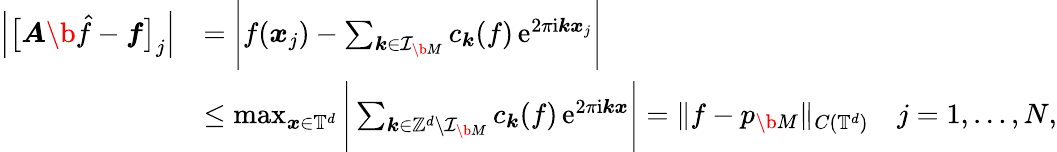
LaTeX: \begin{array}{rl}{\Big|\big[\boldsymbol A\b{\hat{f}}-\boldsymbol f\big]_{j}\Big|}&{=\Bigg|f(\boldsymbol x_{j})-\sum_{\boldsymbol k\in\mathcal I_{\b{M}}}c_{\boldsymbol k}(f)\, \mathrm e^{2\pi\mathrm i\boldsymbol k\boldsymbol x_{j}}\Bigg|}\\ &{\leq\operatorname*{max}_{\boldsymbol x\in\mathbb T^{d}}\Bigg|\sum_{\boldsymbol k\in\mathbb Z^{d}\setminus\mathcal I_{\b{M}}}c_{\boldsymbol k}(f)\, \mathrm e^{2\pi\mathrm i\boldsymbol k\boldsymbol x}\Bigg|=\| f-p_{\b{M}}\| _{C(\mathbb T^{d})}\quad j=1,\dots,N,}\end{array}